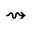
\rightsquigarrow